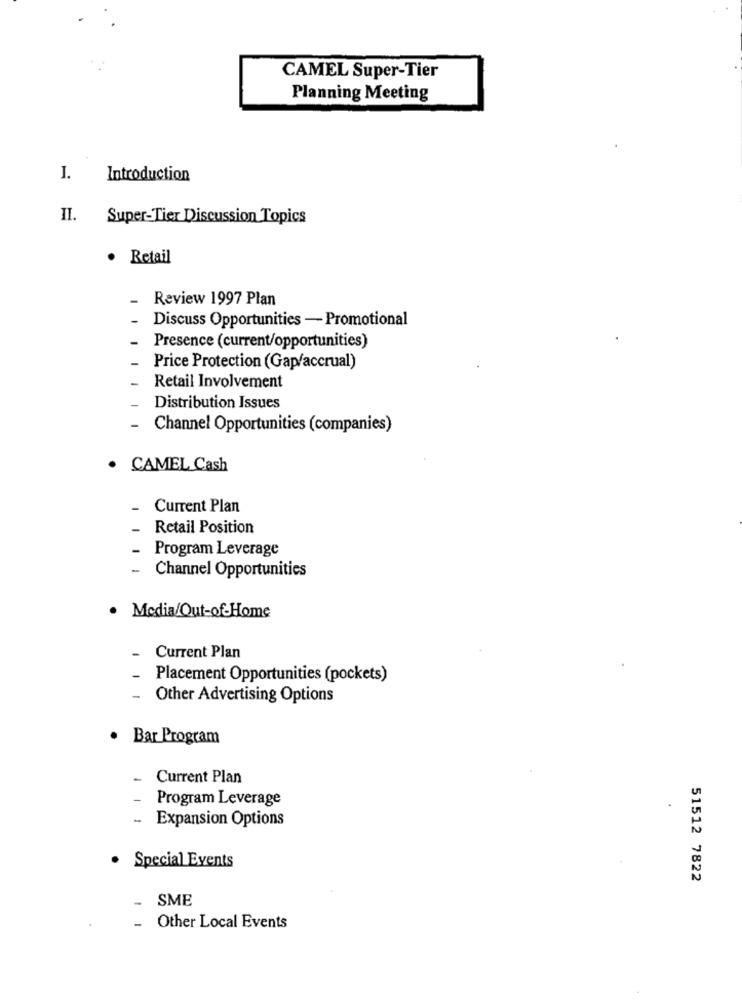
CAMEL Super-Tier
Planning Meeting
I.
Introduction
II.
Super-Tier Discussion Topics
· Retail
Review 1997 Plan
Discuss Opportunities - Promotional
Presence (current/opportunities)
Price Protection (Gap/accrual)
Retail Involvement
Distribution Issues
-
Channel Opportunities (companies)
CAMEL Cash
Current Plan
Retail Position
Program Leverage
-
Channel Opportunities
· Media/Out-of-Home
Current Plan
Placement Opportunities (pockets)
Other Advertising Options
· Bar Program
-
Current Plan
Program Leverage
-
Expansion Options
· Special Events
51512 7822
SME
Other Local Events